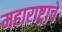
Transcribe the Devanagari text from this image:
महाराष्ट्र्राचे